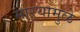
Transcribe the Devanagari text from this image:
माऱ्यामुळे